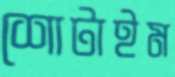
শোটাইম